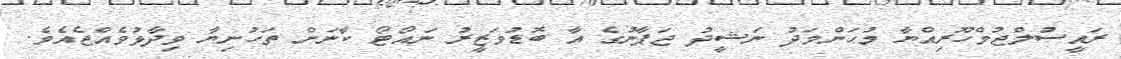
ރައީސުލްޖުމްހޫރިއްޔާ މުޙަންމަދު ނަޝީދު ޖަޕާނުގެ އާ ބޮޑުވަޒީރު ނައޯޓޯ ކާނަށް ތަހުނިޔާ ވިދާޅުވެއްޖެއެވެ.